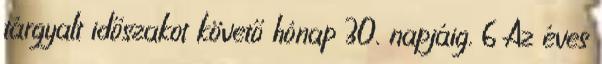
tárgyalt időszakot követő hónap 30. napjáig. 6 Az éves